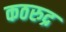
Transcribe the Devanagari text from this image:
कठरुद्र